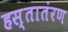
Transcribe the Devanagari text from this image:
हस्तातंरण